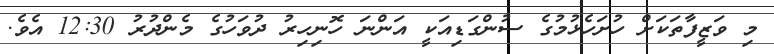
މި ވަޒީފާތަކަށް ހުށަހެޅުމުގެ ސުންގަޑިއަކީ އަންނަ ހޮނިހިރު ދުވަހުގެ މެންދުރު 12:30 އެވެ.